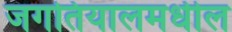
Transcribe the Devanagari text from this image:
जगतियालमधील